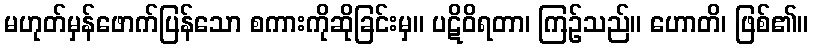
မဟုတ်မှန်ဖောက်ပြန်သော စကားကိုဆိုခြင်းမှ။ ပဋိဝိရတာ၊ ကြဉ်သည်။ ဟောတိ၊ ဖြစ်၏။